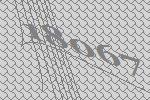
18067